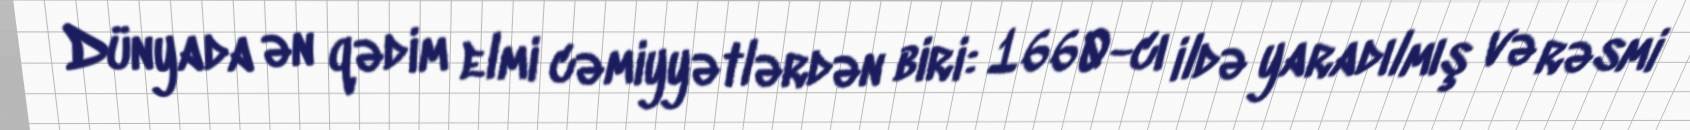
Dünyada ən qədim elmi cəmiyyətlərdən biri: 1660-cı ildə yaradılmış və rəsmi